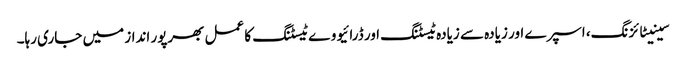
سینیٹائزنگ، اسپرے اور زیادہ سے زیادہ ٹیسٹنگ اور ڈرائیو وے ٹیسٹنگ کا عمل بھرپور انداز میں جاری رہا۔